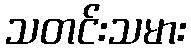
သတင်းသမား